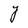
Character: Y